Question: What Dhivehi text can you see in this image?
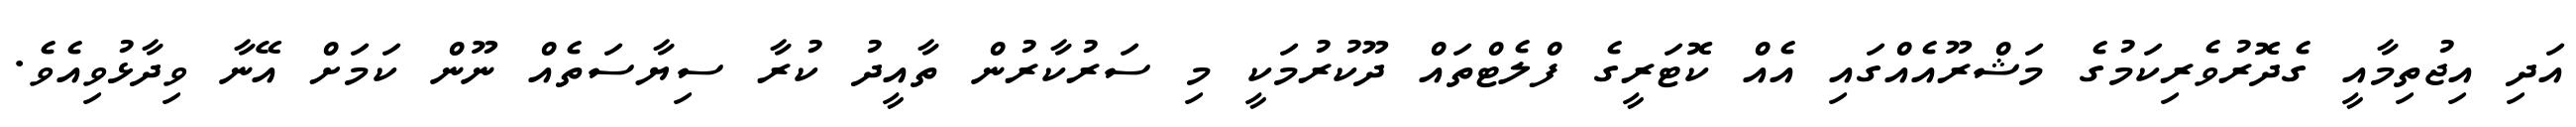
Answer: އަދި އިޖުތިމާއީ ގެދޮރުވެރިކަމުގެ މަޝްރޫއެއްގައި އެއް ކޮޓަރީގެ ފްލެޓްތައް ދޫކުރުމަކީ މި ސަރުކާރުން ތާއީދު ކުރާ ސިޔާސަތެއް ނޫން ކަމަށް އޭނާ ވިދާޅުވިއެވެ.